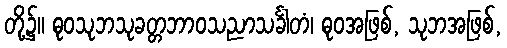
တို့၌။ ဓုဝသုဘသုခတ္တဘာဝသညာသင်္ခါတံ၊ ဓုဝအဖြစ်, သုဘအဖြစ်,